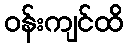
ဝန်းကျင်ထိ